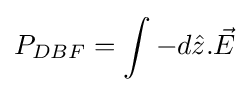
P_{DBF}=\int -d{\hat {z}}.{\vec {E}}